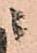
ニ